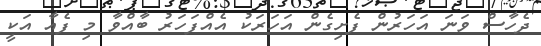
ދެހާސް ވަނަ އަހަރުން ފެށިގެން އަހަރަކު އެއްފަހަރު ބާއްވާ މި ފެއާ އަކީ